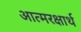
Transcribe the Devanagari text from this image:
आत्मरक्षार्थ